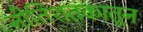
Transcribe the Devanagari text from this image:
नीतिशतकातून